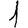
Digit: 1